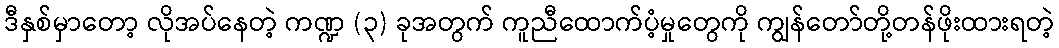
ဒီနှစ်မှာတော့ လိုအပ်နေတဲ့ ကဏ္ဍ (၃) ခုအတွက် ကူညီထောက်ပံ့မှုတွေကို ကျွန်တော်တို့တန်ဖိုးထားရတဲ့